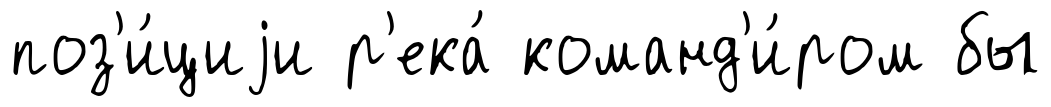
поз'и́циjи р'ека́ команд'и́ром бы